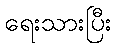
ရေးသားပြီး